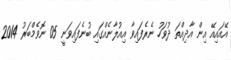
އޭއައިއޭ އިން އާދިއްތަ ދުވަހު ނެރެފައިވާ އިއުލާނެއްގައި ބުނެފައިވަނީ 05 ނޮވެމްބަރު 2014